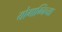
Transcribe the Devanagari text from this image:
योगाग्निच्या